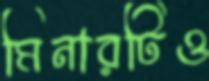
মিনারটিও